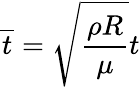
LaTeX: \overline{t}=\sqrt{\frac{\rho R}{\mu}}t